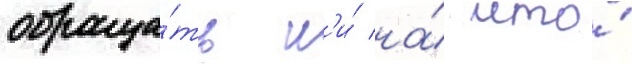
обраща́ть н'и́ на́ что́